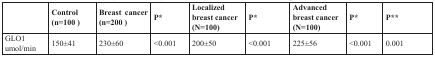
|  | Control (n=100) | Breast cancer (n=200) | P* | Localized breast cancer (N=100) | P* | Advanced breast cancer (N=100) | P* | P** |
 | --- | --- | --- | --- | --- | --- | --- | --- | --- |
 | GLO1umol/min | 150±41 | 230±60 | <0.001 | 200±50 | <0.001 | 225±56 | <0.001 | 0.001 |